Civil Veterinary Department Bihar & Orissa reports 1929-36 - 1929-1936
Year: 1929
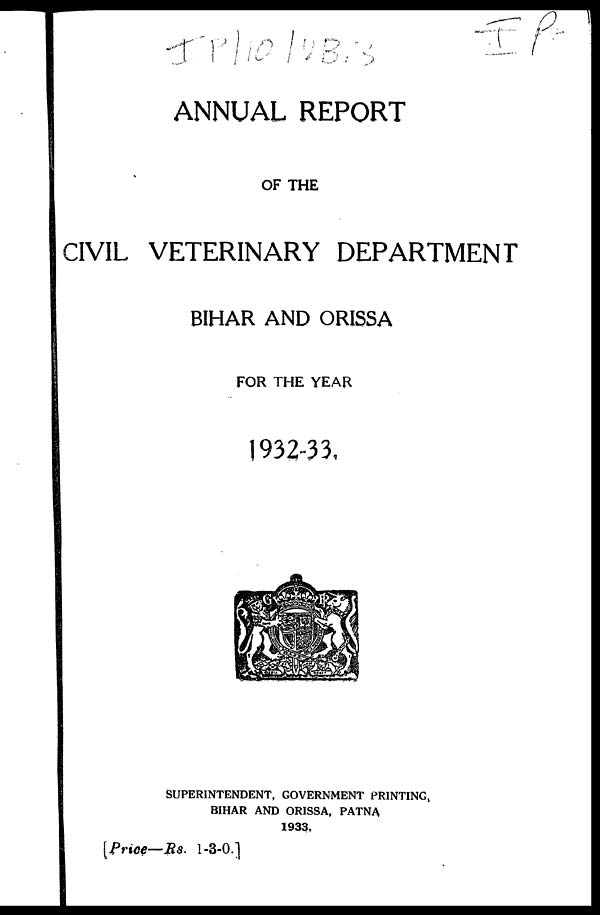
ANNUAL REPORT
OF THE
CIVIL VETERINARY DEPARTMENT
BIHAR AND ORISSA
FOR THE YEAR
1932-33.
SUPERINTENDENT, GOVERNMENT PRINTING,
BIHAR AND ORISSA, PATNA
1933,
[Priee—Rs. 1-3-0.]